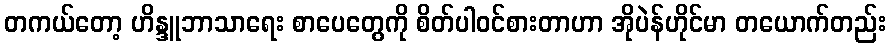
တကယ်တော့ ဟိန္ဒူဘာသာရေး စာပေတွေကို စိတ်ပါဝင်စားတာဟာ အိုပဲန်ဟိုင်မာ တယောက်တည်း